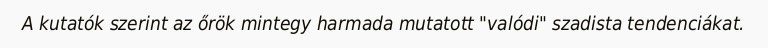
A kutatók szerint az őrök mintegy harmada mutatott "valódi" szadista tendenciákat.